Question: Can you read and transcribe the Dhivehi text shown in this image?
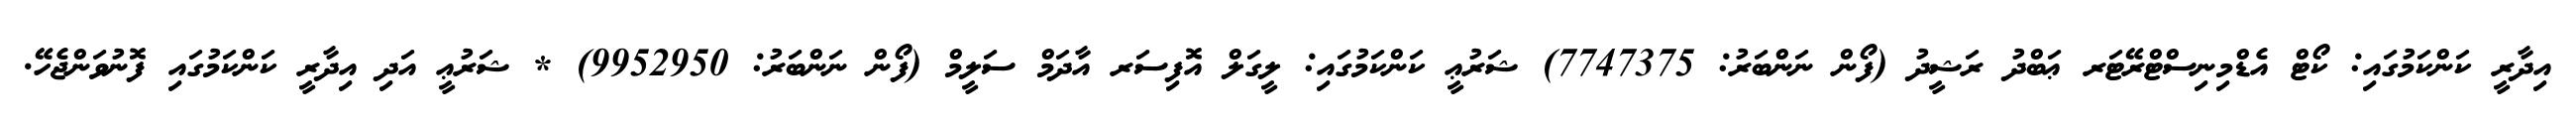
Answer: އިދާރީ ކަންކަމުގައި: ކޯޓް އެޑްމިނިސްޓްރޭޓަރ ޢަބްދު ރަޝީދު (ފޯން ނަންބަރު: 7747375) ޝަރުޢީ ކަންކަމުގައި: ލީގަލް އޮފިސަރ އާދަމް ސަލީމް (ފޯން ނަންބަރު: 9952950) * ޝަރުޢީ އަދި އިދާރީ ކަންކަމުގައި ފޮނުވަންޖެހޭ.